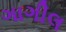
ગાગીલ